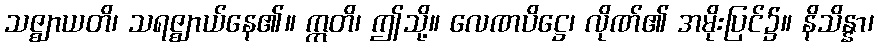
သဇ္ဈာယတိ၊ သရဇ္ဈာယ်နေ၏။ ဣတိ၊ ဤသို့။ လေဏပိဋ္ဌေ၊ လိုဏ်၏ အမိုးပြင်၌။ နိသိန္နာ၊